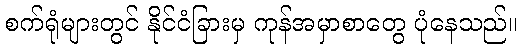
စက်ရုံများတွင် နိုင်ငံခြားမှ ကုန်အမှာစာတွေ ပုံနေသည်။